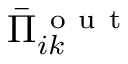
\bar { \Pi } _ { i k } ^ { \mathrm { ~ o ~ u ~ t ~ } }